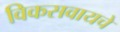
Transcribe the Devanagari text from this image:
विकसवायचे